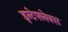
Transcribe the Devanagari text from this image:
इन्टेफ्लेक्स